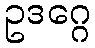
ဥဒဂ္ဂေ